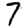
Digit: 7